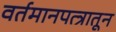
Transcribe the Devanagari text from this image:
वर्तमानपत्त्रातून